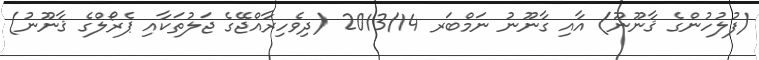
(ފުލުހުންގެ ޤާނޫނޫ) އާއި ގާނޫނު ނަމްބަރ 2013/14 (ދިވެހިރާއްޖޭގެ ޖަލުތަކާއި ޕެރޯލްގެ ޤާނޫނު)